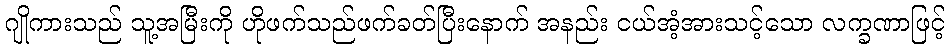
ဂျိုကားသည် သူ့အမြီးကို ဟိုဖက်သည်ဖက်ခတ်ပြီးနောက် အနည်း ငယ်အံ့အားသင့်သော လက္ခဏာဖြင့်